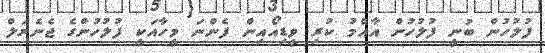
ފުލުހުން ބުނީ ފުލުހުން އާއްމު ކުރި ވީޑިއޯއިން ފެންނަ މީހާއަކީ ފުލުހުންގެ ޖެނެރަލް